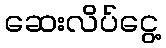
ဆေးလိပ်ငွေ့